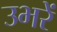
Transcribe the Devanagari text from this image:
उभरें